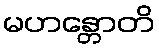
မဟန္တောတိ